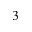
^ { 3 }